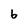
Character: 6